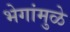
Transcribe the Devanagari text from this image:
भेगांमुळे